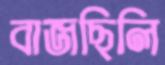
বাজছিলি